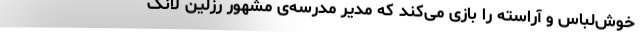
خوش‌لباس و آراسته را بازی می‌کند که مدیر مدرسه‌ی مشهور رزلین لانگ